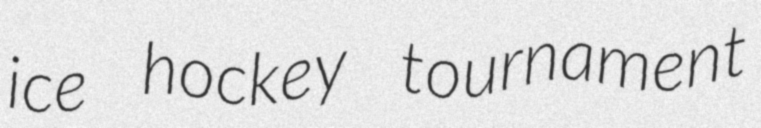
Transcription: ice hockey tournament